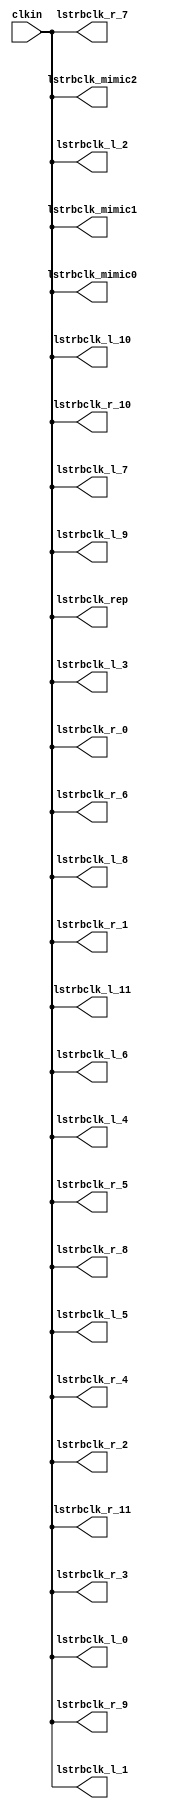
// This program was cloned from: https://github.com/chipsalliance/aib-phy-hardware
// License: Apache License 2.0

// SPDX-License-Identifier: Apache-2.0
// Copyright (C) 2019 Intel Corporation. 
//------------------------------------------------------------------------
// Copyright (c) 2012 Altera Corporation. .
//
//------------------------------------------------------------------------
// Revision:    $Revision: 1 $
//------------------------------------------------------------------------
// Description: skew-matched clock distribution network
//------------------------------------------------------------------------
`timescale 1ps/1ps
module aibcr3_clktree_pcs 
#(
parameter SKEW_DELAY     = 60   //min:20ps; typ :60ps; max:100ps
)
(
   input  wire         clkin,                   //clock source
   output wire 	       lstrbclk_l_0, 	        //buffered clock
   output wire         lstrbclk_l_1,            //buffered clock
   output wire         lstrbclk_l_2,            //buffered clock
   output wire         lstrbclk_l_3,            //buffered clock
   output wire         lstrbclk_l_4,            //buffered clock
   output wire         lstrbclk_l_5,            //buffered clock
   output wire         lstrbclk_l_6,            //buffered clock
   output wire         lstrbclk_l_7,            //buffered clock
   output wire         lstrbclk_l_8,            //buffered clock
   output wire         lstrbclk_l_9,            //buffered clock
   output wire         lstrbclk_l_10,           //buffered clock
   output wire         lstrbclk_l_11,           //buffered clock
   output wire         lstrbclk_r_0,            //buffered clock
   output wire         lstrbclk_r_1,            //buffered clock
   output wire         lstrbclk_r_2,            //buffered clock
   output wire         lstrbclk_r_3,            //buffered clock
   output wire         lstrbclk_r_4,            //buffered clock
   output wire         lstrbclk_r_5,            //buffered clock
   output wire         lstrbclk_r_6,            //buffered clock
   output wire         lstrbclk_r_7,            //buffered clock
   output wire         lstrbclk_r_8,            //buffered clock
   output wire         lstrbclk_r_9,            //buffered clock
   output wire         lstrbclk_r_10,           //buffered clock
   output wire         lstrbclk_r_11,           //buffered clock
   output wire         lstrbclk_rep, 	        //replica for DLL
   output wire         lstrbclk_mimic0,         //mimic path for load matching
   output wire         lstrbclk_mimic1,         //mimic path for load matching   
   output wire         lstrbclk_mimic2          //mimic path for load matching
);

`ifdef TIMESCALE_EN
  timeunit 1ps;
  timeprecision 1ps;
`endif
  
                assign #SKEW_DELAY lstrbclk_l_0 = clkin;
                assign #SKEW_DELAY lstrbclk_l_1 = clkin;
                assign #SKEW_DELAY lstrbclk_l_2 = clkin;
                assign #SKEW_DELAY lstrbclk_l_3 = clkin;
                assign #SKEW_DELAY lstrbclk_l_4 = clkin;
                assign #SKEW_DELAY lstrbclk_l_5 = clkin;
                assign #SKEW_DELAY lstrbclk_l_6 = clkin;
                assign #SKEW_DELAY lstrbclk_l_7 = clkin;
                assign #SKEW_DELAY lstrbclk_l_8 = clkin;
                assign #SKEW_DELAY lstrbclk_l_9 = clkin;
                assign #SKEW_DELAY lstrbclk_l_10 = clkin;
                assign #SKEW_DELAY lstrbclk_l_11 = clkin;
                assign #SKEW_DELAY lstrbclk_r_0 = clkin;
                assign #SKEW_DELAY lstrbclk_r_1 = clkin;
                assign #SKEW_DELAY lstrbclk_r_2 = clkin;
                assign #SKEW_DELAY lstrbclk_r_3 = clkin;
                assign #SKEW_DELAY lstrbclk_r_4 = clkin;
                assign #SKEW_DELAY lstrbclk_r_5 = clkin;
                assign #SKEW_DELAY lstrbclk_r_6 = clkin;
                assign #SKEW_DELAY lstrbclk_r_7 = clkin;
                assign #SKEW_DELAY lstrbclk_r_8 = clkin;
                assign #SKEW_DELAY lstrbclk_r_9 = clkin;
                assign #SKEW_DELAY lstrbclk_r_10 = clkin;
                assign #SKEW_DELAY lstrbclk_r_11 = clkin;
                assign #SKEW_DELAY lstrbclk_rep = clkin;
                assign #SKEW_DELAY lstrbclk_mimic0 = clkin;
                assign #SKEW_DELAY lstrbclk_mimic1 = clkin;
                assign #SKEW_DELAY lstrbclk_mimic2 = clkin;

endmodule // aibcr3_clktree_pcs